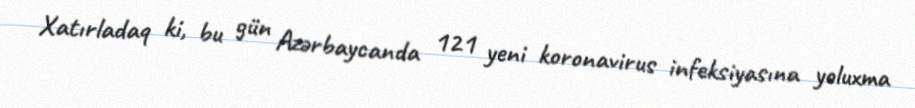
Xatırladaq ki, bu gün Azərbaycanda 121 yeni koronavirus infeksiyasına yoluxma